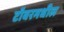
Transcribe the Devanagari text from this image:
टॉवरमधील